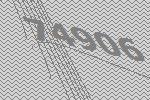
74906